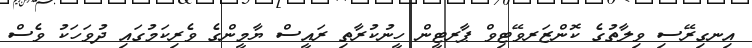
އިނގިރޭސި ވިލާތުގެ ކޮންޒަރވޭޓިވް ޕާރޓީން ހީނުކުރާތި ރައީސް ޔާމީންގެ ވެރިކަމުގައި ދުވަހަކު ވެސް